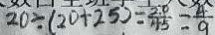
2 0 \div ( 2 0 + 2 5 ) = \frac { 2 0 } { 4 5 } = \frac { 4 } { 9 }